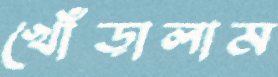
খোঁড়ালাম